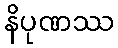
နိပုဏဿ